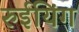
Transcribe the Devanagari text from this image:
रुईयिंग